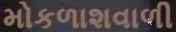
મોકળાશવાળી